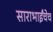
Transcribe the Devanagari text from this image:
साराभाईंचेच